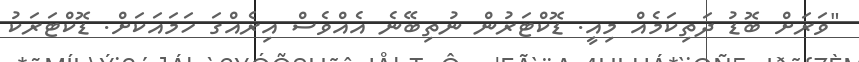
"ވަރަށް ބޮޑު ދަތިކަމެއް މިއީ. ޑޮކްޓަރުން ނުތިބޭނެ އެއްވެސް އިރެއްގަ ހަމައަކަށް. ޑޮކްޓަރަކު